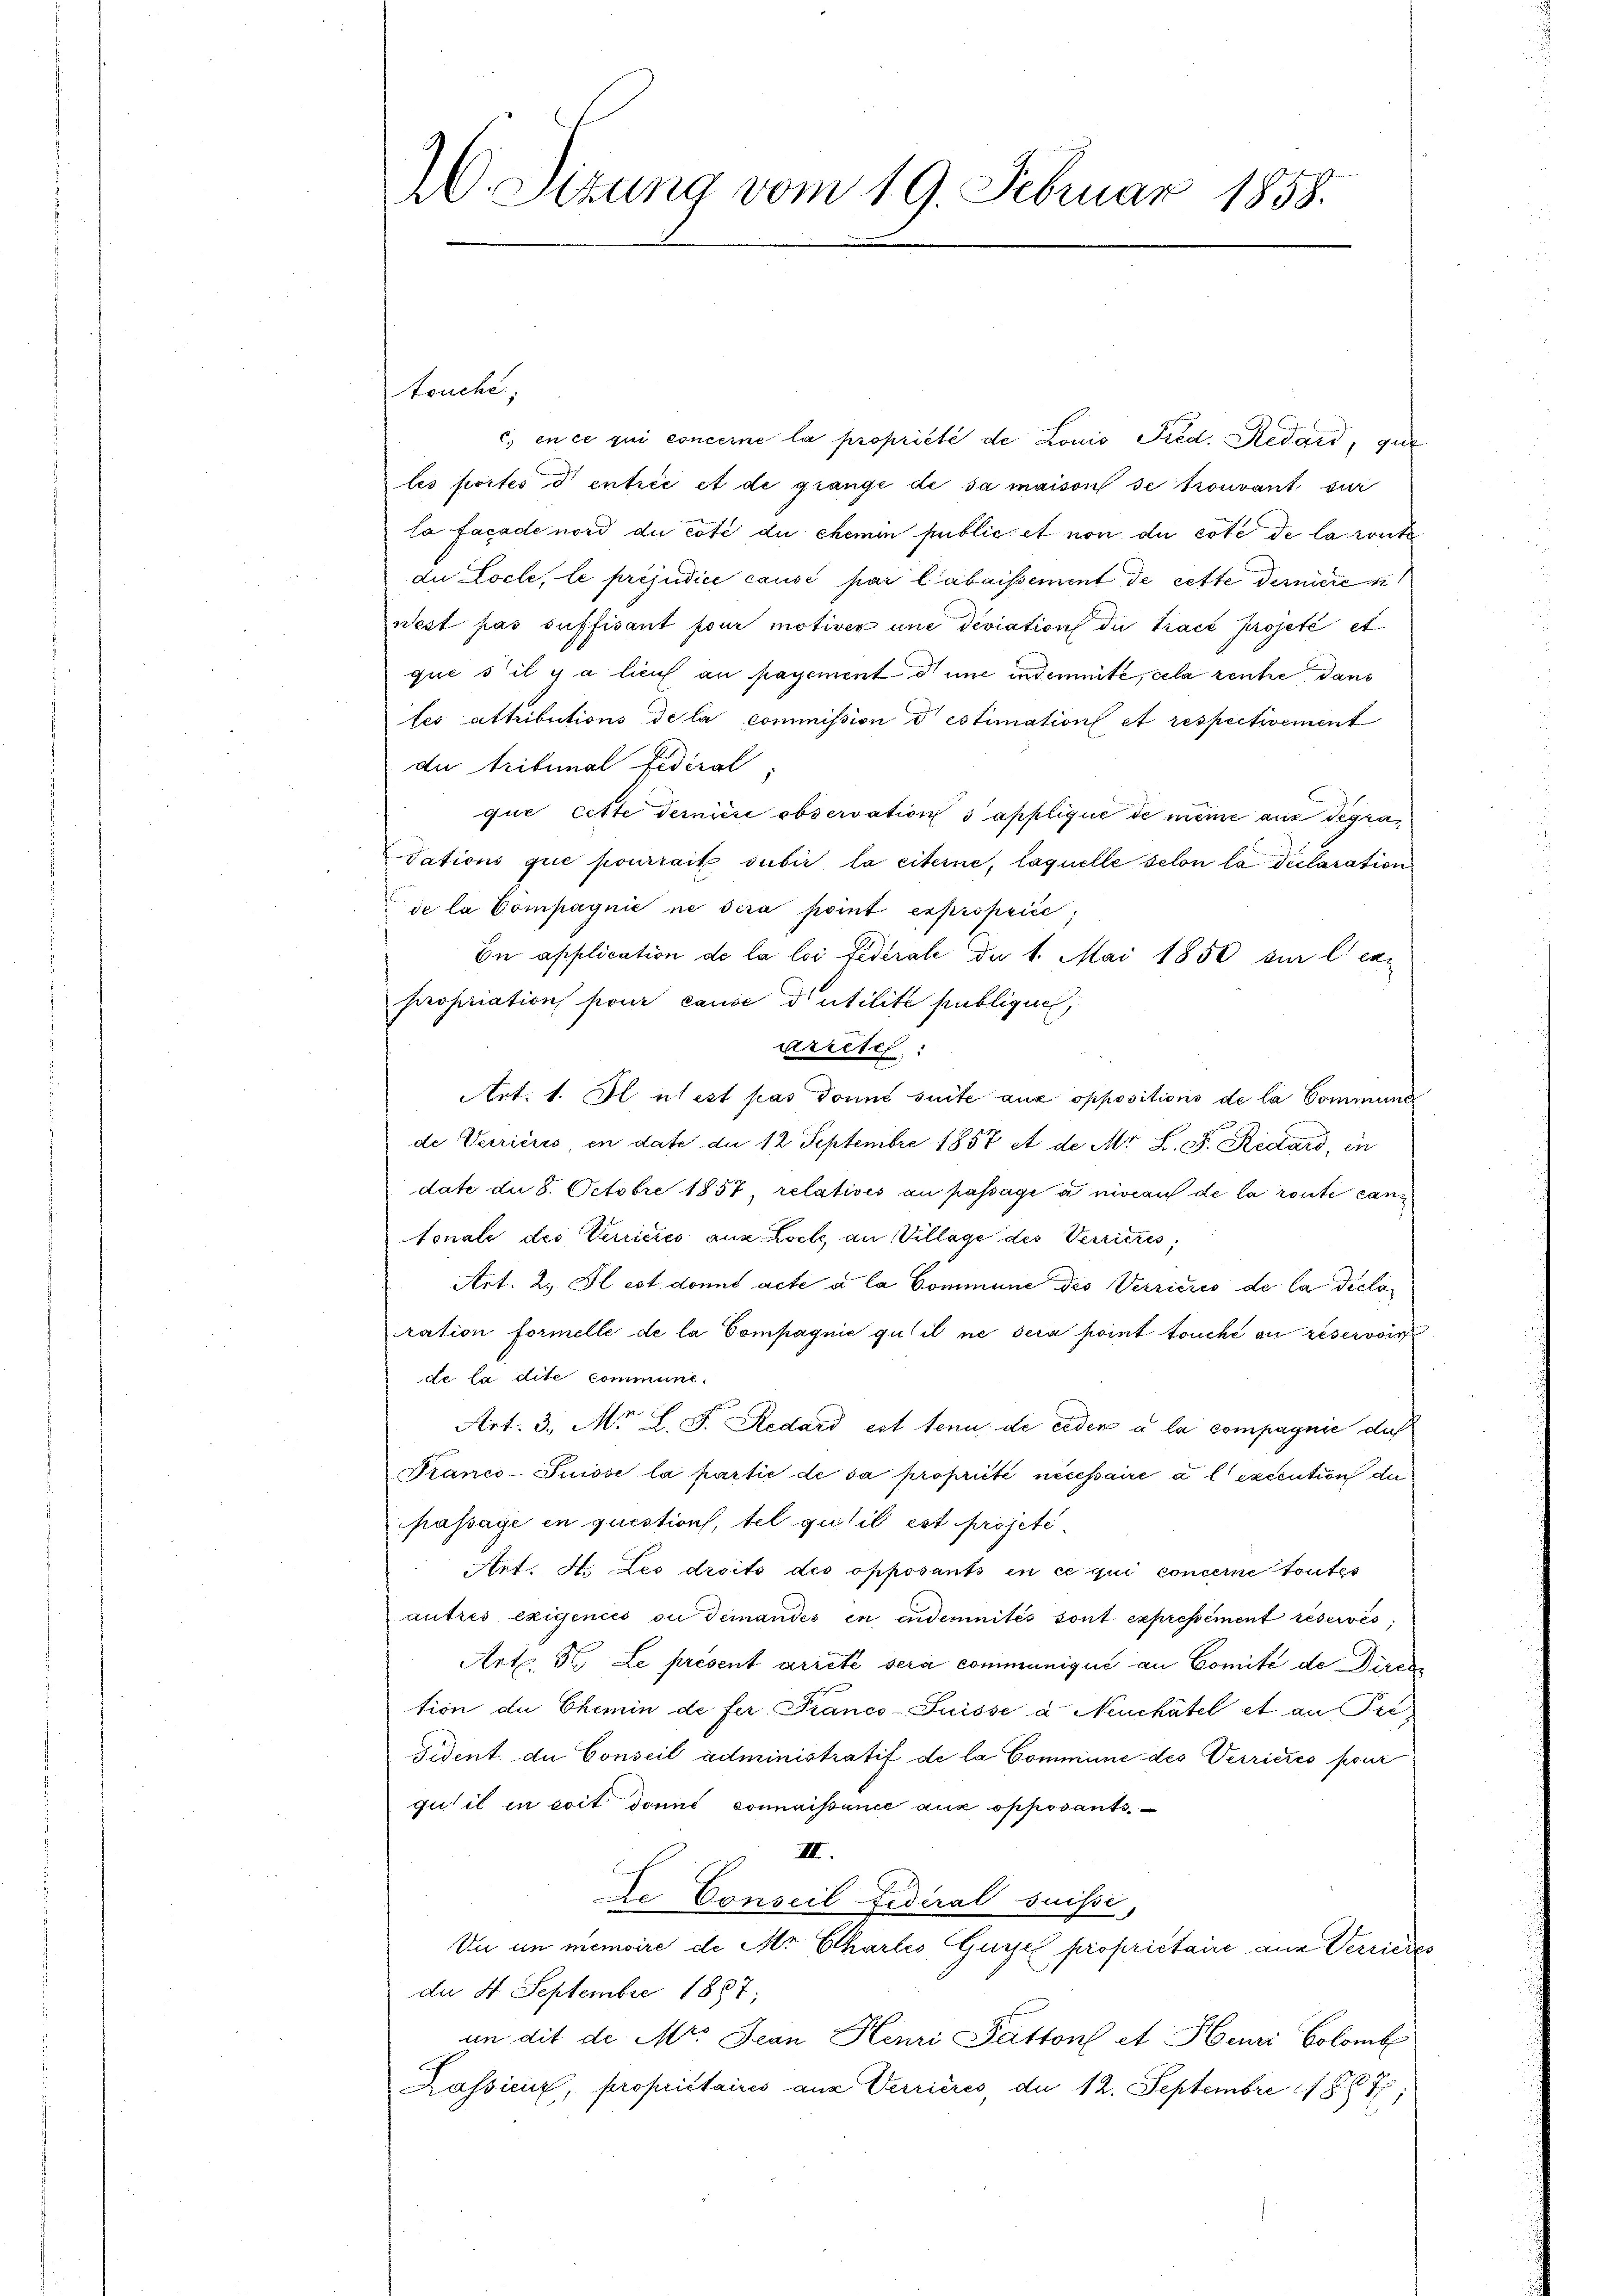
touche
c.) en ce qui concerne la propriété de Louis Pred. Redard, que
les portes d entrée et de grange de sa maison se trouvant sur
la facade nord du côté du chemin public et von du côté de la route
du Locle, le préjudice causé par labaissement de cette dernieren
nest pas suffisant pour motiver une deviation die Trace projeté et
quis il y a lauf an payement d une indemmte, cela rente dan
tes attributions de la commission destimation et respectivement
du Tribunal Fidical
que cette dernière observation sapplique de meine aus degradations que pourrait subir la citerne, laquelle selon la declaration
de la Compagnie ne sera point expropriie;
En application de la loi fédéral der 1. Mai 1850 sur lern
propriation pour cause d’utilité publique,
arrete
Art: 1. Il test pas donné suite aus oppositions de la Commung
de Verriciis, in date du 12 Septembre 1857 et de Mr. L. D. Redard, in
date du 8. Octobre 1857, relatives au passagi a niveau de la route cantonale des Vereiches aus Loch an Village des Verrieres,
Art. 2. Il est dont acte à la Commune des Verriciis de la diclaration formelle de la Compagnie gut il ne sera point touche an reservoir
de la dite communi¬
Art. 3. Nor L. F. Redard est tenu de ceden a la compagnie dich
Kranco-Suisse la partie de sa propriet necessaire à execution de
passage en questions, tel gutil est projete.
Art. H. Les droits des opposants in ce qui concerne toutes
autres exigencés ou demandes in endemnités sont expressément réservés
Art. 5. Le présent arrete sera communique an Comité de Direk
tion de Chemin de fer Franco-Suisse à Neuchâtel et an Pre
Fident. du Conseil administratif de la Comminie des Verrieres pour
gutil in soit dont connaissance aux opposants,
III.
De Conseil Federal Suisse,
Un in memoire de Mr. Chartes Guyel propriétaire ane Verlese
de 4. Septembre 1887;
un dit de Mr. Jean Henri Pättons et Henri Colomb
Kassieux, propriétairis aus Verrieres, du 12. Septembre 1867,

W. Sitzung vom 19. Februar 1858.